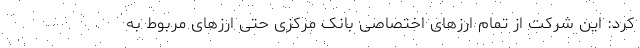
کرد: این شرکت از تمام ارزهای اختصاصی بانک مرکزی حتی ارزهای مربوط به